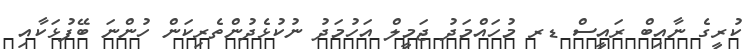
ކުރީގެ ނާއިބް ރައީސް ޑރ މުހައްމަދު ޖަމީލް އަހުމަދު ނުކުޅެދުންތެރިކަން ހުންނަ ބޭފުޅަކާއި